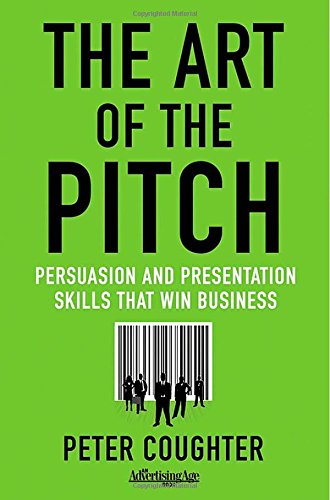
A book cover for The Art of the Pitch: Persuasion and Presentation Skills that Win Business; Peter Coughter; Business & Money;